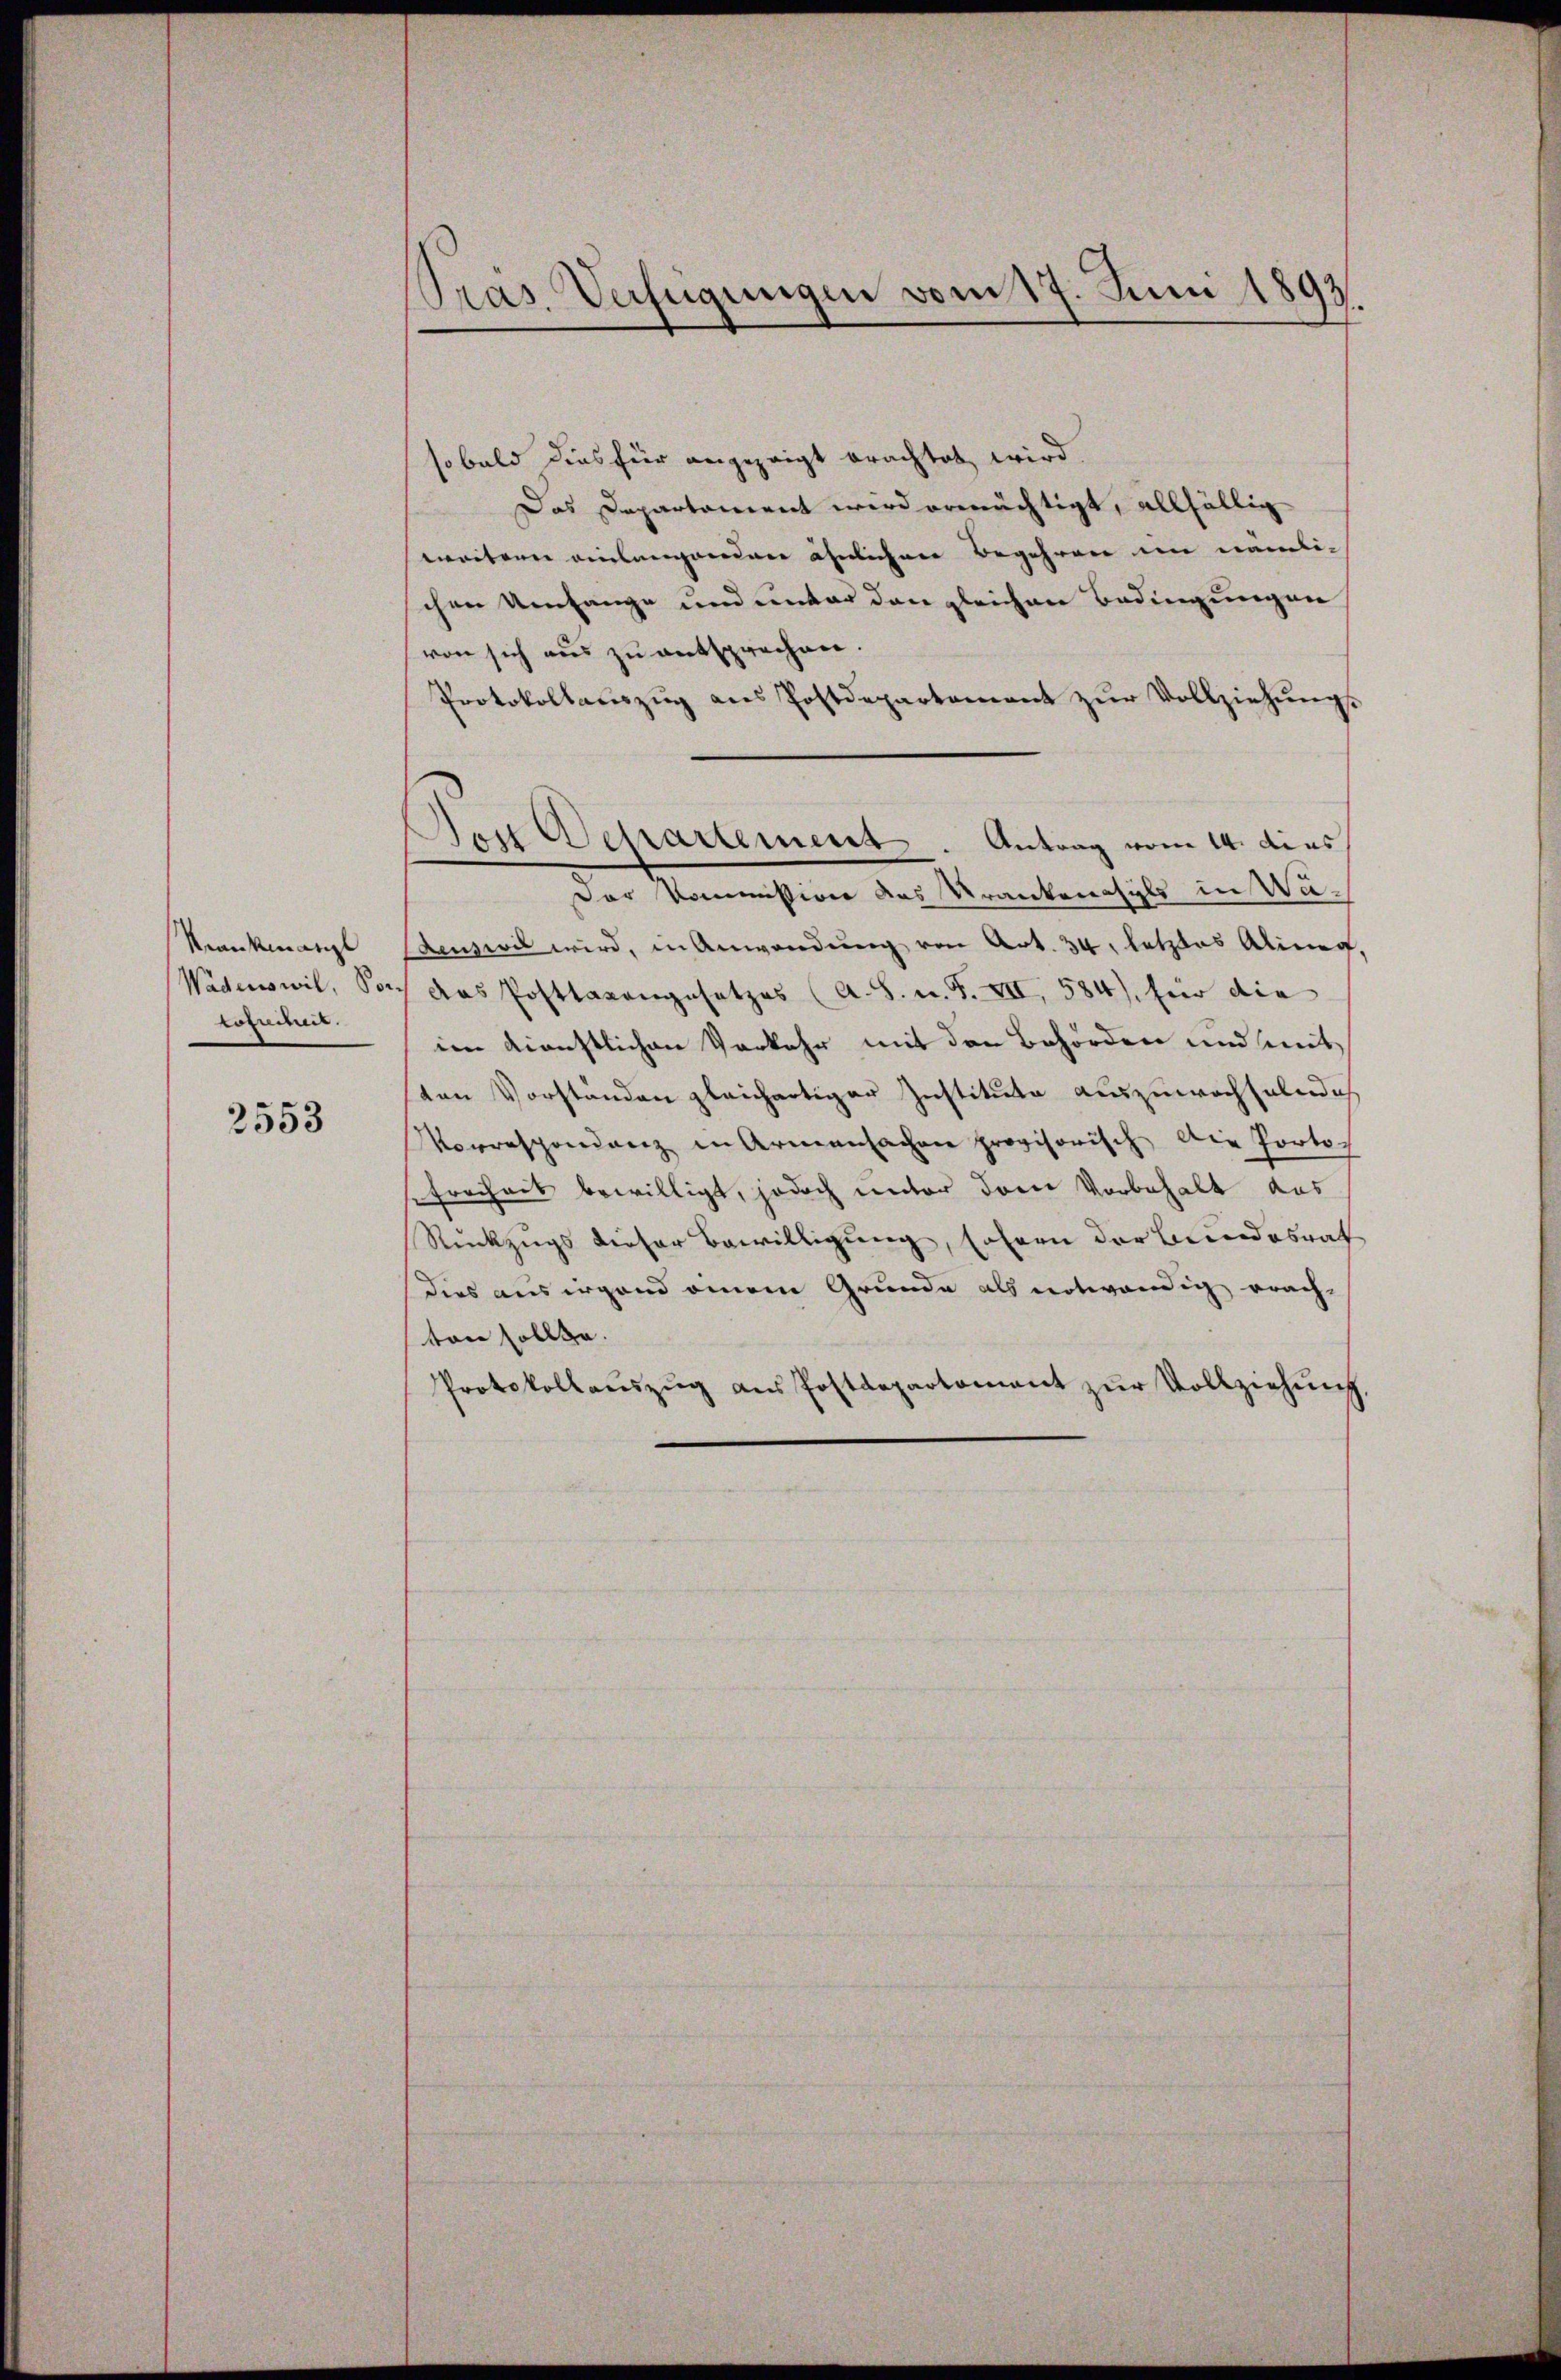
Krankmatyl
Wädenswil, Sor
Lopucht.

2553

Pras. Verfügungen vom 17. Juni 1893.

so bald dies für angezeigt brachtet wird
Das Departament wird ermächtigt, allfällig
weitern einlangenden ähnlichen Begehren im nämlichen Umfange und unter den gleichen Bedingungen
von sich aus zu entsprochen.
Protokollaŭszŭg ans Postdepartement zŭr Vollziehŭngs
Aenswil wird, in Anwendung von Art. 34, letztes Alinen,
das Posttaxangesetzes (A. S. n. F. VII, 584), hier die
im dienstlichen Verkehr mit den Behörden und mit
ten Vorstanden gleichartiger Institute auszuwechselnde
Vorrespondenz in Armensachen provisorisch die Porto-
frechnis bewilligt, jedoch unter dem Vorbehalt das
Rückzugs dieser Bewilligung, sofern der Bundesrat
dies aus irgend einem Grunde als notwendig erach-
ton sollte.
Protokollaŭszŭg aŭs Postdepartomant zŭr Vollziehŭng.

Den Departement. Antrag vom 14. dies
Der Kommission des Krankenasyls in Wa¬